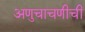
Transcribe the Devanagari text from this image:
अणुचाचणीची